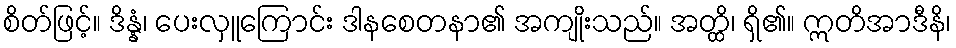
စိတ်ဖြင့်။ ဒိန္နံ၊ ပေးလှူကြောင်း ဒါနစေတနာ၏ အကျိုးသည်။ အတ္ထိ၊ ရှိ၏။ ဣတိအာဒီနိ၊